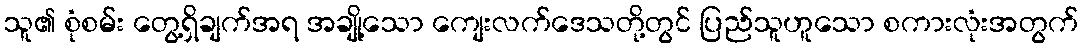
သူ၏ စုံစမ်း တွေ့ရှိချက်အရ အချို့သော ကျေးလက်ဒေသတို့တွင် ပြည်သူဟူသော စကားလုံးအတွက်